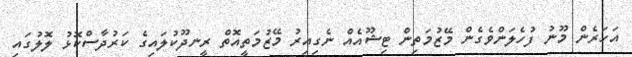
އަހަރެން މޫނު ފުހެލަންވެގެން މޭޒުމަތިން ޓިޝޫއެއް ނެގިއިރު މޭޒުމަތީއޮތް ރީނދޫކުލައިގެ ކަރުދާސްކޮޅު ލޮލުގައި